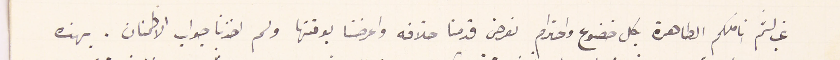
غب لثم اناملكم الطاهرة بكل خضوع واحترام نعرض قدمنا خلافه واعرضنا بوقتها ولم اخذنا جواب الاطمنان. بهذه